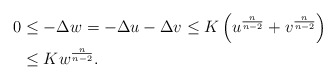
\begin{align*} 0&\leq-\Delta w=-\Delta u-\Delta v\leq K\left(u^{\frac{n}{n-2}} +v^{\frac{n}{n-2}}\right)\\ &\leq Kw^{\frac{n}{n-2}} . \end{align*}